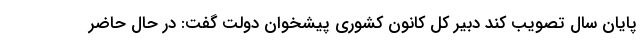
پایان سال تصویب کند دبیر کل کانون کشوری پیشخوان دولت گفت: در حال حاضر